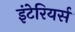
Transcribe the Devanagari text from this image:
इंटेरियर्स